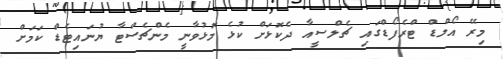
މިރޭ އޯލްޑް ޓްރެފޯޑްގައި ޗެލްސީއާ ދެކޮޅަށް ކުޅެ މޮޅުވާނީ މެންޗެސްޓާ ޔުނައިޓެޑް ކަމަށް